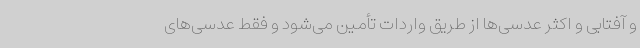
و آفتابی و اکثر عدسی‌ها از طریق واردات تأمین می‌شود و فقط عدسی‌های